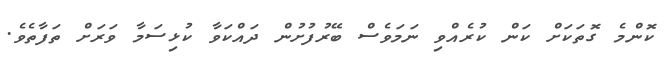
ކޮންމެ ގޮތަކަށް ކަން ކުރެއްވި ނަމަވެސް ބޭރުފުށުން ދައްކަވާ ކުޅިސަމާ ވަރަށް ތަފާތެވެ.